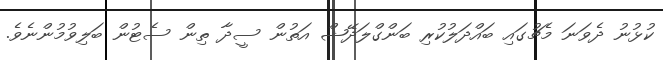
ކުޅުނު ދެވަނަ މެޗުގައި ބައްދަލުކުރި ބަންގްލަދޭޝް އަތުން ސީދާ ތިން ސެޓުން ބަލިވުމުންނެވެ.